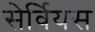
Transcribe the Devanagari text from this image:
सेर्वियस